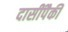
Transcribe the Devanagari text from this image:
दासींपैकी